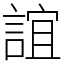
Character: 誼